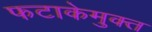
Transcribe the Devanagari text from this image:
फटाकेमुक्त